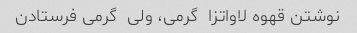
نوشتن قهوه لاواتزا  گرمی، ولی  گرمی فرستادن